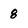
Character: 8